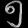
Digit: ၅